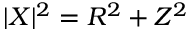
| X | ^ { 2 } = R ^ { 2 } + Z ^ { 2 }